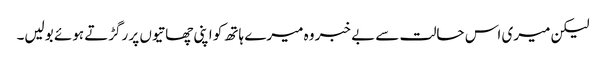
لیکن میری اس حالت سے بے خبر وہ میرے ہاتھ کو اپنی چھاتیوں پر رگڑتے ہوئے بولیں۔